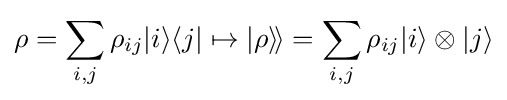
\rho =\sum _{i,j}\rho _{ij}|i\rangle \langle j|\mapsto |\rho \rangle \!\rangle =\sum _{i,j}\rho _{ij}|i\rangle \otimes |j\rangle